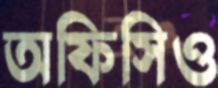
অফিসিও